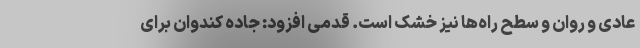
عادی و روان و سطح راه‌ها نیز خشک است. قدمی افزود: جاده کندوان برای